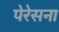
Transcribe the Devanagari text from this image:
पेरेसना